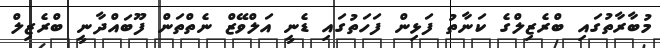
މުބާރާތުގައި ބްރެޒިލްގެ ކަނާތު ފަޅިން ފަހަތުގައި ޑެނީ އަލްވޭޒް ނެތްތަން ފޫބައްދާނީ ބްރެޒިލް